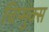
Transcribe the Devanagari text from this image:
चिप्मुंक्स